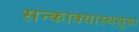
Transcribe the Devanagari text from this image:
सन्काक्यास्थसुया